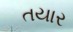
તયાર